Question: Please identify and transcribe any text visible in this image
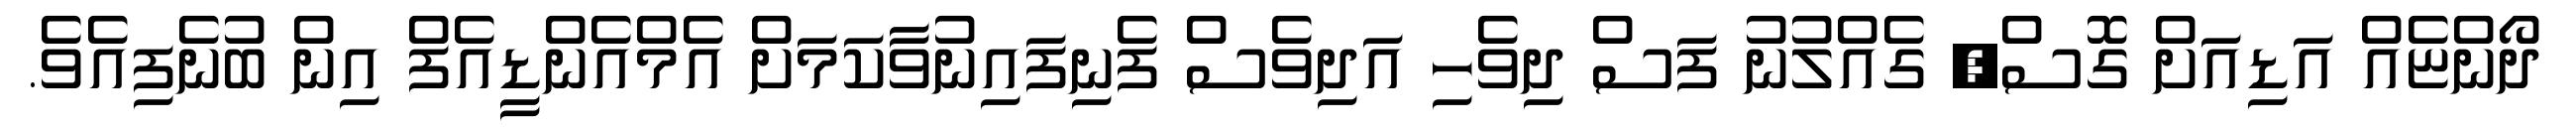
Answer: ދޯންޏެއް އަޑިއަށް ގޮސް, ގެއްލުނު ފަސް ދިވެހި އަދިވެސް ފެނިފައިނުވާކަމަށް އެމްއެންޑީއެފް އިން ބުނެފިއެވެ.